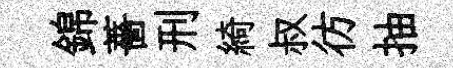
錦薔刑綺叔彷抽